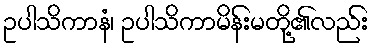
ဥပါသိကာနံ၊ ဥပါသိကာမိန်းမတို့၏လည်း